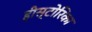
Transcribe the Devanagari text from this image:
हीस्टोरिका